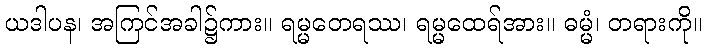
ယဒါပန၊ အကြင်အခါ၌ကား။ ရမ္မတေရဿ၊ ရမ္မထေရ်အား။ ဓမ္မံ၊ တရားကို။